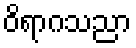
ဝိရာဂသညာ